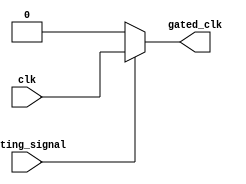
module clock_gating (
    input wire clk,      // Main clock signal
    input wire gating_signal, // Gating signal (G)
    output wire gated_clk // Gated clock output
);

// Internal signals for inverter logic
wire n_gating_signal; // Inverted gating signal

// Inverter to generate the inverted gating signal
assign n_gating_signal = ~gating_signal;

// PMOS configuration (for clock gating)
wire pmos_out; // Output of PMOS
assign pmos_out = gating_signal ? clk : 1'b0; // PMOS passes clk when gating_signal is high

// NMOS configuration (for clock gating)
wire nmos_out; // Output of NMOS
assign nmos_out = n_gating_signal ? 1'b0 : clk; // NMOS passes clk when n_gating_signal is low

// Final gated clock output
assign gated_clk = pmos_out | nmos_out; // Combine outputs of PMOS and NMOS

endmodule